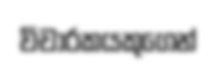
විචාරකයකුගෙන්